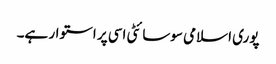
پوری اسلامی سوسائٹی اسی پر استوار ہے۔